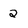
Character: 2